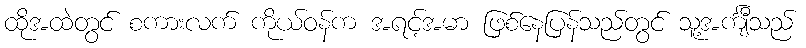
ထိုအထဲတွင် စကားလက် ကိုယ်ဝန်က အရင့်အမာ ဖြစ်နေပြန်သည်တွင် သူ့အင်္ကျီသည်